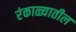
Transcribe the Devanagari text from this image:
रंकाळ्यातील